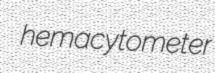
hemacytometer